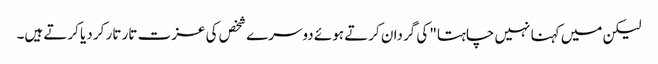
لیکن میں کہنا نہیں چاہتا" کی گردان کرتے ہوئے دوسرے شخص کی عزت تار تار کر دیا کرتے ہیں۔